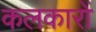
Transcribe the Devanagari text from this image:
कलकारों